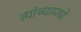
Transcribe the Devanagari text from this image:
त्‍यांच्‍यामध्‍ये